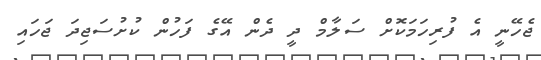
ޖެހޭނީ އެ ފުރިހަމަކޮށް ސަލާމް ދީ ދެން އޭގެ ފަހުން ކުށުސަޖިދަ ޖަހައި